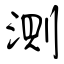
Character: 測